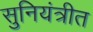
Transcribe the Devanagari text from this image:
सुनियंत्रीत